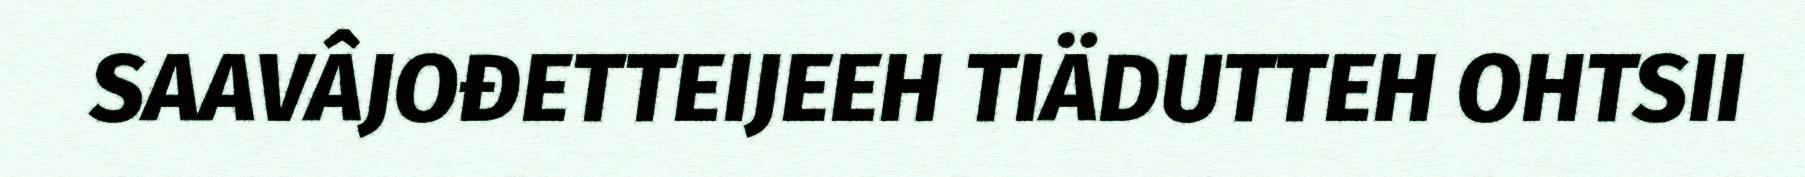
SAAVÂJOĐETTEIJEEH TIÄDUTTEH OHTSII